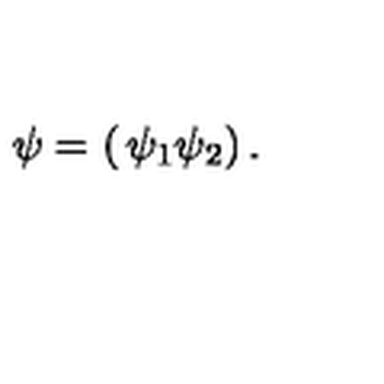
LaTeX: \psi = \left( \begin{matrix} { \psi _ { 1 } } \\ { \psi _ { 2 } } \\ \end{matrix} \right) .